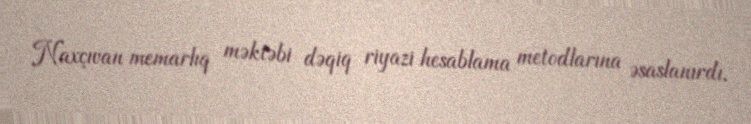
Naxçıvan memarlıq məktəbi dəqiq riyazi hesablama metodlarına əsaslanırdı.